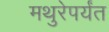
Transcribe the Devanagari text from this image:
मथुरेपर्यंत